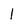
Character: 1